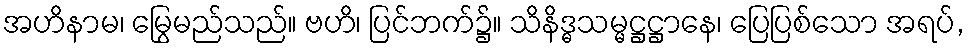
အဟိနာမ၊ မြွေမည်သည်။ ဗဟိ၊ ပြင်ဘက်၌။ သိနိဒ္ဓသမ္မဋ္ဌဋ္ဌာနေ၊ ပြေပြစ်သော အရပ်,